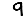
Digit: 9